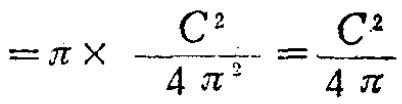
$=\pi\times\frac{C^{2}}{4\pi^{2}}=\frac{C^{2}}{4\pi}$